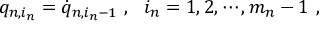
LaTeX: q _ { n , i _ { n } } = \dot { q } _ { n , i _ { n } - 1 } \ , \ \ i _ { n } = 1 , 2 , \cdots , m _ { n } - 1 \ ,